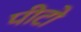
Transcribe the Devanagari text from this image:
पीटो